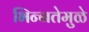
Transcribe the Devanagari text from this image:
भिन्‍नतेमुळे